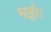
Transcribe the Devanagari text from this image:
भई।।